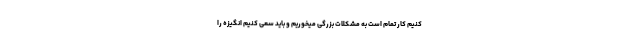
کنیم کار تمام است به مشکلات بزرگی میخوریم و باید سعی کنیم انگیزه را